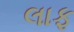
લાફ